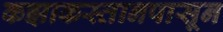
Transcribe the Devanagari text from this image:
कझाकस्तानपासून